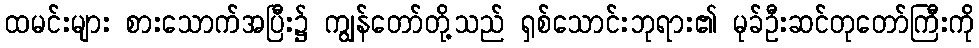
ထမင်းများ စားသောက်အပြီး၌ ကျွန်တော်တို့သည် ရှစ်သောင်းဘုရား၏ မုခ်ဦးဆင်တုတော်ကြီးကို